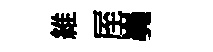
維厔嶤